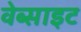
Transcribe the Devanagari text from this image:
वेब्साइट